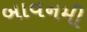
બાવનમી